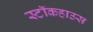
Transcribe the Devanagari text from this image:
स्टॉकहाउस